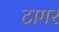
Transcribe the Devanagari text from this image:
टागर